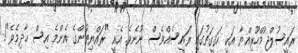
ރައީސުލްޖުމްހޫރިއްޔާ އަކީ ހަޤީގަތުގައި ރައީސެއްވެސް ނޫނެވެ. އެއީ "ރައްޔިތުންގެ އެންމެ އިސް ޙާދިމެވެ"!